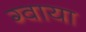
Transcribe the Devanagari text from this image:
ग्वाया